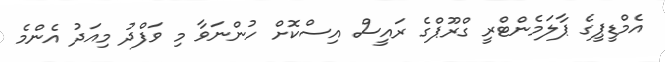
އެމްޑީޕީގެ ޕާލަމެންޓްރީ ގްރޫޕްގެ ރައީސް އިސްކޮށް ހުންނަވާ މި ވަފްދު މިއަދު އެންމެ